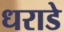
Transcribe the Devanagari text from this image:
धराडे